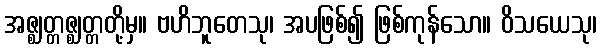
အဇ္ဈတ္တဇ္ဈတ္တတို့မှ။ ဗဟိဘူတေသု၊ အပဖြစ်၍ ဖြစ်ကုန်သော။ ဝိသယေသု၊